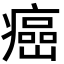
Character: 癌